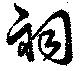
祠